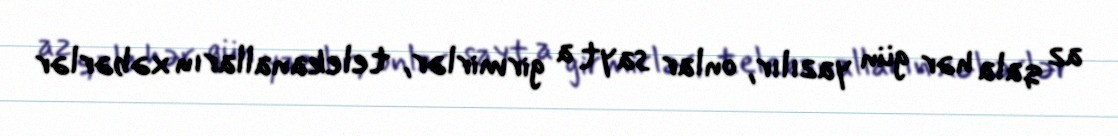
az qala hər gün yazılır, onlar sayt a girmirlər, telekanalların xəbərlər